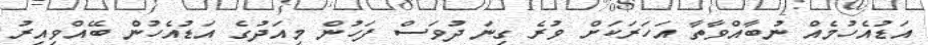
އަޑުއެހުމެއް ނުބާއްވާތާ އަހަރަކަށް ވުރެ ގިނަ ދުވަސް ފަހުން މިއަދުގެ އަޑުއެހުން ބޭއްވިއިރު